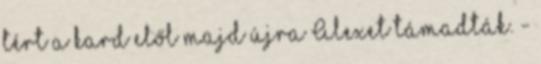
tért a kard elől majd újra Alexet támadták. -